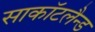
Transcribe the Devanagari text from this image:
साकाॅटलैन्ड